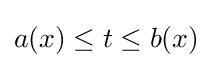
{\textstyle a(x)\leq t\leq b(x)}